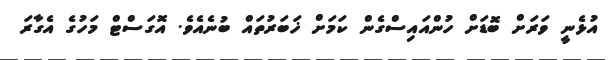
އުޅެނީ ވަރަށް ބޮޑަށް ހުންއައިސްގެން ކަމަށް ޚަބަރުތައް ބުނެއެވެ. އޮގަސްޓް މަހުގެ އެގާރަ